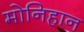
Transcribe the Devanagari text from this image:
मोनिहान